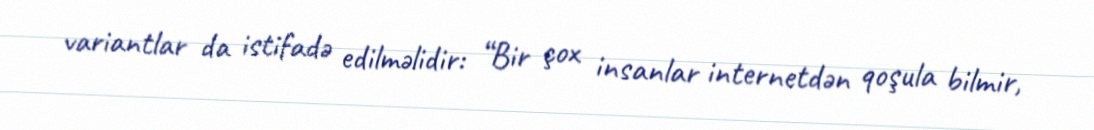
variantlar da istifadə edilməlidir: “Bir çox insanlar internetdən qoşula bilmir,